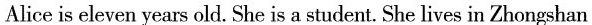
Alice is eleven years old. She is a student. She lives in Zhongshan